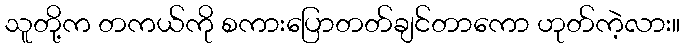
သူတို့က တကယ်ကို စကားပြောတတ်ချင်တာကော ဟုတ်ကဲ့လား။